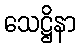
သေဋ္ဌိနာ